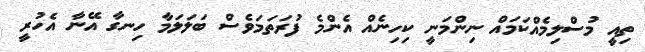
ތިއީ މުސްލިމެއްކަމައް ނިންމަނީ ކިހިނެއް އެންމެ ފުރަތަމަވެސް ބަލަލަމާ ހިނގާ އޭނާ އެހުރީ